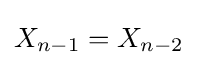
X_{n-1}=X_{n-2}